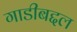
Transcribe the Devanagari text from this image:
गाडीबद्दल